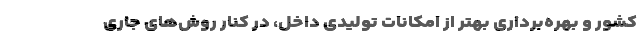
کشور و بهره‌برداری بهتر از امکانات تولیدی داخل، در کنار روش‌های جاری